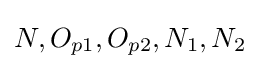
N,O_{p1},O_{p2},N_{1},N_{2}